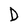
Character: D